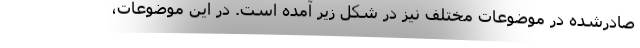
صادرشده در موضوعات مختلف نیز در شکل زیر آمده است. در این موضوعات،